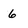
Character: 6